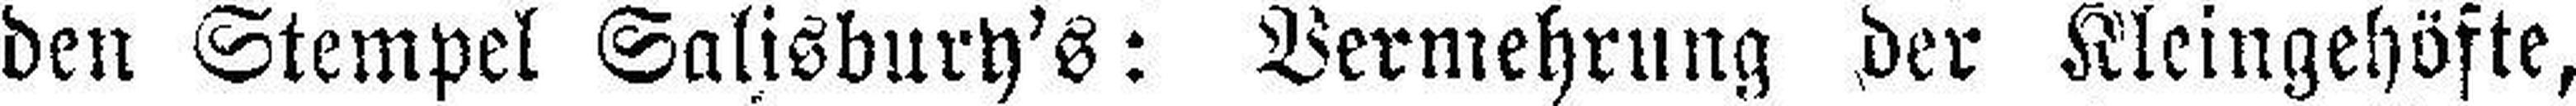
den Stempel Salisbury's: Vermehrung der Kleingehöfte,